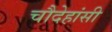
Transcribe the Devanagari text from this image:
चौदेहांसी